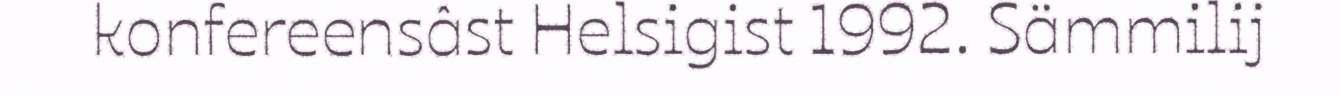
konfereensâst Helsigist 1992. Sämmilij